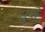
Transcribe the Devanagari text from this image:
सुशे